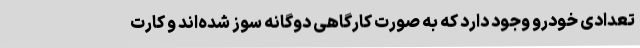
تعدادی خودرو وجود دارد که به صورت کارگاهی دوگانه سوز شده‌اند و کارت